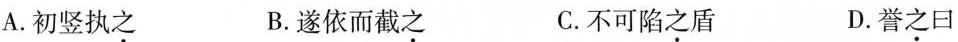
A.初竖执\underset{·}{之} B.遂依而截\underset{·}{之} C.不可陷\underset{·}{之}盾 D.誉\underset{·}{之}曰